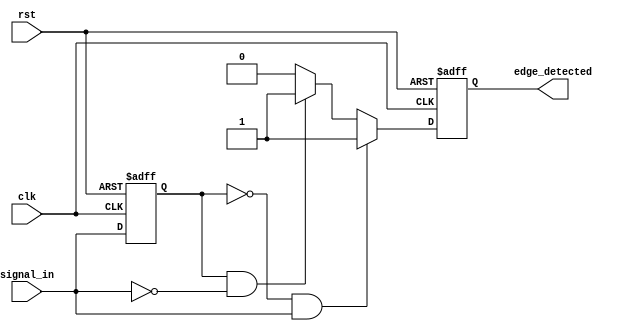
module DualEdgeDetector (
    input wire clk,             // Clock signal
    input wire rst,             // Asynchronous reset signal
    input wire signal_in,       // Input signal to detect edges
    output reg edge_detected    // Output indicating edge detection
);

// Internal register to hold the previous state of the input signal
reg signal_in_prev;

// Edge detection logic
always @(posedge clk or posedge rst) begin
    if (rst) begin
        // Reset the previous signal state and output
        signal_in_prev <= 1'b0;
        edge_detected <= 1'b0;
    end else begin
        // Edge detection logic
        if (signal_in_prev == 1'b0 && signal_in == 1'b1) begin
            // Rising edge detected
            edge_detected <= 1'b1;
        end else if (signal_in_prev == 1'b1 && signal_in == 1'b0) begin
            // Falling edge detected
            edge_detected <= 1'b1;
        end else begin
            // No edge detected
            edge_detected <= 1'b0;
        end
        
        // Store the current state of the signal for the next cycle
        signal_in_prev <= signal_in;
    end
end

endmodule